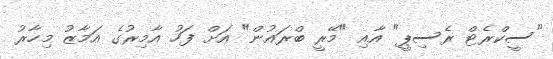
"ސީކްރެޓް ރެސިޕީ" އާއި "މޭރީ ބްރައުން" އަށް ފަހު އާމިރުގެ އަމާޒު މިހާރު